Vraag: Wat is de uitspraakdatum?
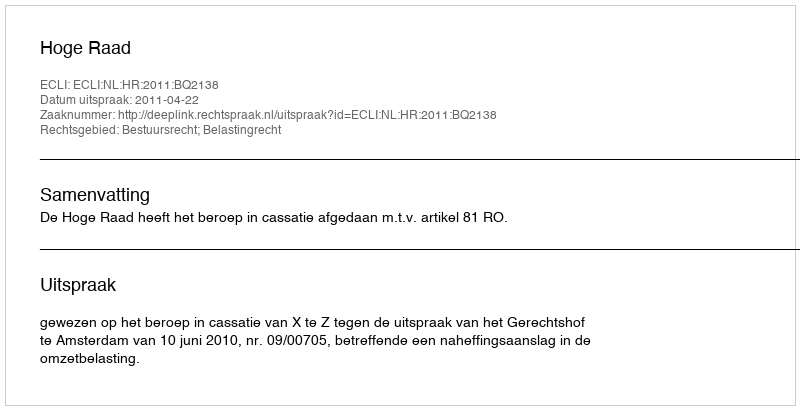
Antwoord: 2011-04-22